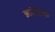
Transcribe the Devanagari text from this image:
ज्ञातिसभा